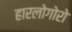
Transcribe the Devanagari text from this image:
हारलोगोरो